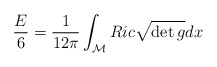
\begin{align*}\frac{E}{6}=\frac{1}{12 \pi}\int_{\mathcal{M}} Ric \sqrt{\det g} dx\end{align*}